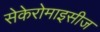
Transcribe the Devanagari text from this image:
सेकेरोमाइसीज